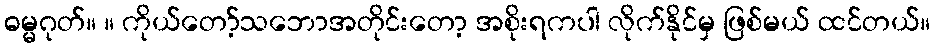
ဓမ္မဂုတ်။ ။ ကိုယ်တော့်သဘောအတိုင်းတော့ အစိုးရကပါ လိုက်နိုင်မှ ဖြစ်မယ် ထင်တယ်။